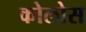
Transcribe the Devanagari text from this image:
कोलोस